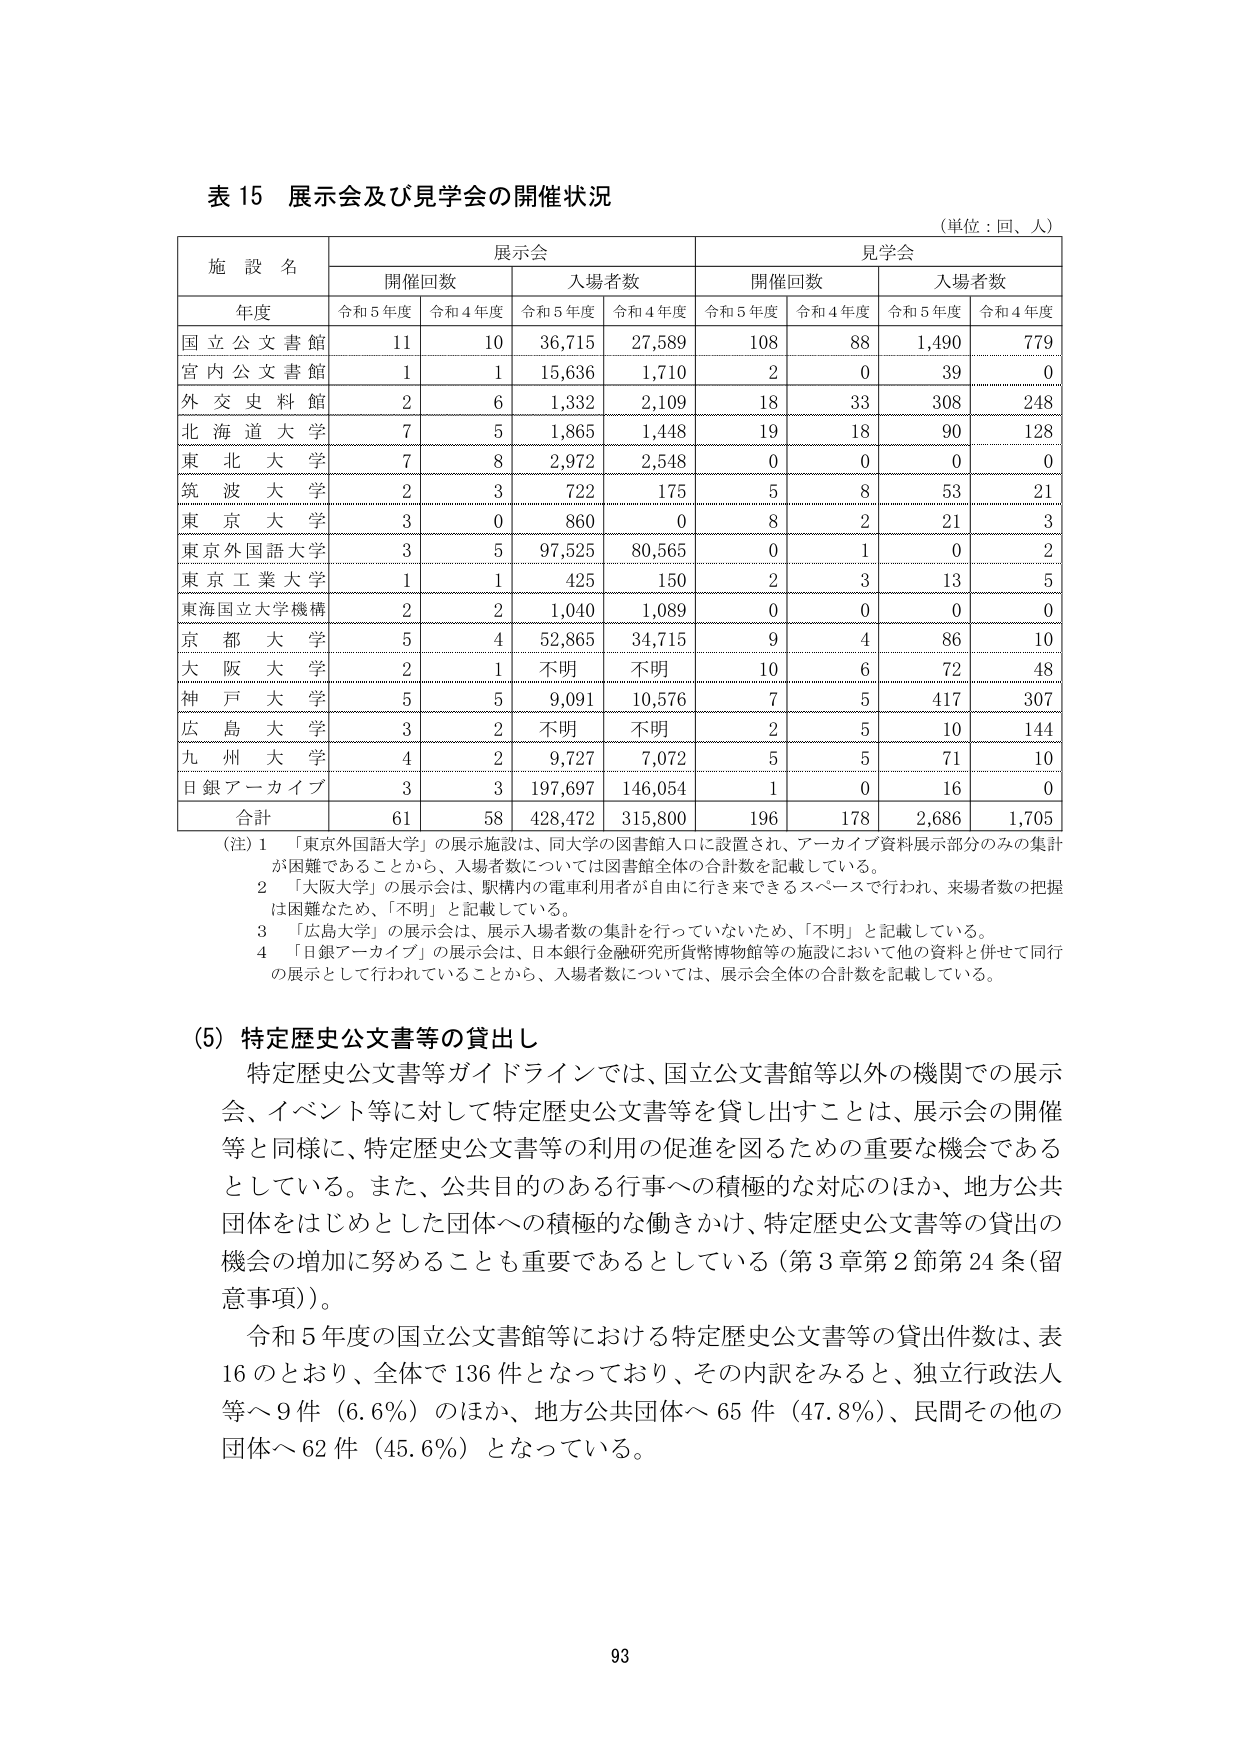
表 15 展示会及び見学会の開催状況
（単位：回、人）

施設名
展示会
見学会
　　開催回数　　入場者数　　開催回数　　入場者数
年度　　令和5年度　令和4年度　令和5年度　令和4年度　令和5年度　令和4年度　令和5年度　令和4年度

国立公文書館　　11　　10　　36,715　　27,589　　108　　88　　1,490　　779
宮内公文書館　　1　　1　　15,636　　1,710　　2　　0　　39　　0
外交史料館　　2　　6　　1,332　　2,109　　18　　33　　308　　248
北海道大学　　7　　5　　1,865　　1,448　　19　　18　　90　　128
東北大学　　7　　8　　2,972　　2,548　　0　　0　　0　　0
筑波大学　　2　　3　　722　　175　　5　　8　　53　　21
東京大学　　3　　0　　860　　0　　8　　2　　21　　3
東京外国語大学　　3　　5　　97,525　　80,565　　0　　1　　0　　2
東京工業大学　　1　　1　　425　　150　　2　　3　　13　　5
東海国立大学機構　　2　　2　　1,040　　1,089　　0　　0　　0　　0
京都大学　　5　　4　　52,865　　34,715　　9　　4　　86　　10
大阪大学　　2　　1　　不明　　不明　　10　　6　　72　　48
神戸大学　　5　　5　　9,091　　10,576　　7　　5　　417　　307
広島大学　　3　　2　　不明　　不明　　2　　5　　10　　144
九州大学　　4　　2　　9,727　　7,072　　5　　5　　71　　10
日銀アーカイブ　　3　　3　　197,697　　146,054　　1　　0　　16　　0
合計　　61　　58　　428,472　　315,800　　196　　178　　2,686　　1,705

（注）1　「東京外国語大学」の展示施設は、同大学の図書館入口に設置され、アーカイブ資料展示部分のみの集計が困難であることから、入場者数については図書館全体の合計数を記載している。
　　2　「大阪大学」の展示会は、駅構内の電車利用者が自由に行き来できるスペースで行われ、来場者数の把握は困難なため、「不明」と記載している。
　　3　「広島大学」の展示会は、展示入場者数の集計を行っていないため、「不明」と記載している。
　　4　「日銀アーカイブ」の展示会は、日本銀行金融研究所貨幣博物館等の施設において他の資料と併せて同行の展示として行われていることから、入場者数については、展示会全体の合計数を記載している。

（5）特定歴史公文書等の貸出し
　　特定歴史公文書等ガイドラインでは、国立公文書館等以外の機関での展示会、イベント等に対して特定歴史公文書等を貸し出すことは、展示会の開催等と同様に、特定歴史公文書等の利用の促進を図るための重要な機会であるとしている。また、公共目的のある行事への積極的な対応のほか、地方公共団体をはじめとした団体への積極的な働きかけ、特定歴史公文書等の貸出の機会の増加に努めることも重要であるとしている（第3章第2節第24条（留意事項））。
　　令和5年度の国立公文書館等における特定歴史公文書等の貸出件数は、表16のとおり、全体で136件となっており、その内訳をみると、独立行政法人等へ9件（6.6％）のほか、地方公共団体へ65件（47.8％）、民間その他の団体へ62件（45.6％）となっている。

93